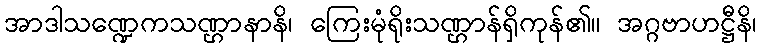
အာဒါသဏ္ဍေကသဏ္ဌာနာနိ၊ ကြေးမုံရိုးသဏ္ဌာန်ရှိကုန်၏။ အဂ္ဂဗာဟဋ္ဌီနိ၊